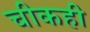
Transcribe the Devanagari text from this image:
चीकही